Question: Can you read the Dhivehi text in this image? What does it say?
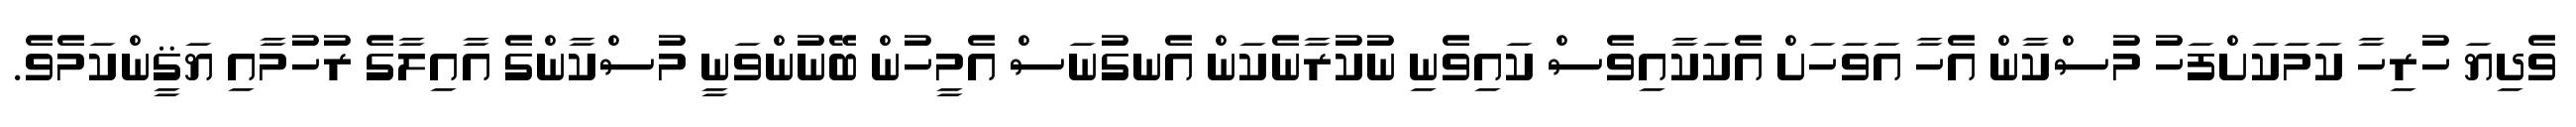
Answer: ވެދިޔަ ހުރިހާ ކަމަކަށްފަހު މުސްކާން އެހާ އަވަހަށް އެކަކާއިވެސް ކައިވެނި ނުކުރާނެކަން އެނގުނަސް އެމީހުން ބޭނުންވަނީ މުސްކާންގެ އާއިލާގެ ރުހުމާއި ޔަޤީންކަމެވެ.